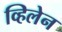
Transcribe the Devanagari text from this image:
व्हिलेन